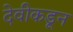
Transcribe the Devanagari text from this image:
देवीकडून